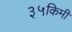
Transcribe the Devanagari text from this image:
३५किमी